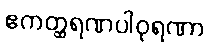
ဧကတ္ထရဏပါဝုရဏာ